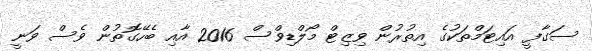
ސަގާފީ އައިޓަމްތަކުގެ އިތުރުން ވިޒިޓް މޯލްޑިވްސް 2016 އާއި ބެހޭގޮތުން ވެސް ވަނީ